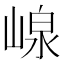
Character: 㟫